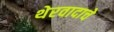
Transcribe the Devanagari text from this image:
थेरवादाचे